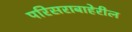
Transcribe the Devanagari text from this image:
परिसराबाहेरील